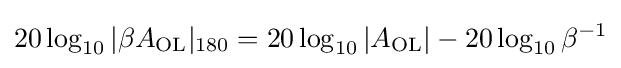
20\log _{10}|\beta A_{\text{OL}}|_{180}=20\log _{10}|A_{\text{OL}}|-20\log _{10}\beta ^{-1}